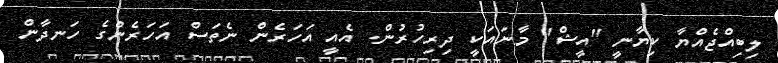
ލިބިއްޖެއްޔާ ކިޔާނީ "އީޝް" މާނައަކީ ދިރިހުރުން. އެއީ އަހަރެން ނެތަސް އަހަރެންގެ ހަނދާން